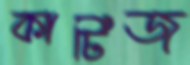
কার্টিজ